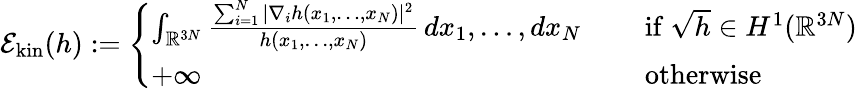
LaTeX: \mathcal E_{\mathrm{kin}}(h):=\left\{ \begin{array}{ll}{\int_{\mathbb{R}^{3N}}\frac{\sum_{i=1}^{N}|\nabla_{i}h(x_{1},\ldots,x_{N})|^{2}}{h(x_{1},\ldots,x_{N})}\, dx_{1},\ldots,dx_{N}\quad}&{\mathrm{~if~}\sqrt{h}\in H^{1}(\mathbb{R}^{3N})}\\ {+\infty}&{\mathrm{~otherwise}}\end{array}\right.